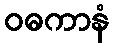
ဝဓကာနံ